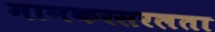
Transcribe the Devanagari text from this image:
मानकरसरलता